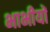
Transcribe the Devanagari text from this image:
भाभीयों